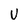
Character: U